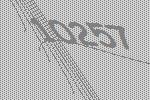
10257